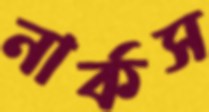
নার্কস